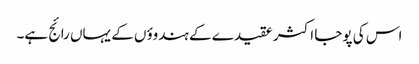
اس کی پوجا اکثر عقیدے کے ہندوؤں کے یہاں رائج ہے۔